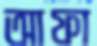
আফা